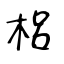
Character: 梠